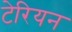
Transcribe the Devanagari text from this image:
टेरियन